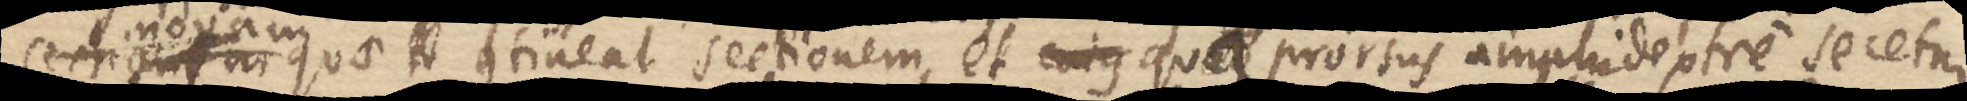
sect novam quae contineat sectionem, et cujus quae prorsus amphidextre secetur